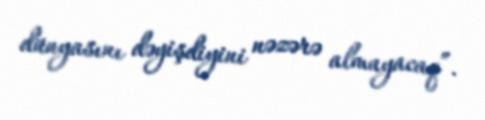
dünyasını dəyişdiyini nəzərə almayacaq”.